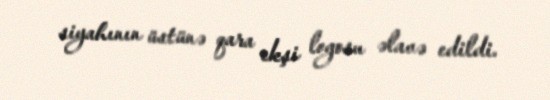
siyahının üstünə qara ekşi logosu əlavə edildi.